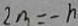
2 m = - h